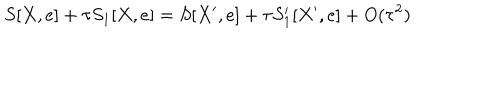
LaTeX: S [ X , e ] + \tau S _ { 1 } [ X , e ] = S [ X ^ { \prime } , e ] + \tau S _ { 1 } ^ { \prime } [ X ^ { \prime } , e ] + O ( \tau ^ { 2 } )